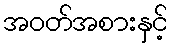
အဝတ်အစားနှင့်